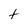
Character: t